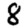
Digit: 8